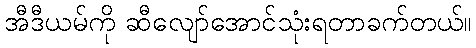
အီဒီယမ်ကို ဆီလျော်အောင်သုံးရတာခက်တယ်။